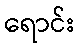
ရောင်း